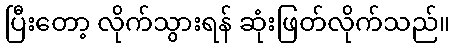
ပြီးတော့ လိုက်သွားရန် ဆုံးဖြတ်လိုက်သည်။